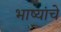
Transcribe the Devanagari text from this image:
भाष्यांचे